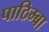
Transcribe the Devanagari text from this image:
पाठिम्बा